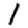
Digit: 1